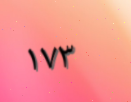
١٧٣